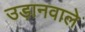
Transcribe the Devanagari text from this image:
उड़ानवाले